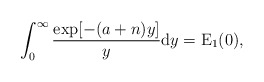
\begin{align*}\int_0^\infty\frac{\exp[-(a+n)y]}{y}\mathrm{d}y=\operatorname{E}_1(0),\end{align*}